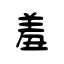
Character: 羞